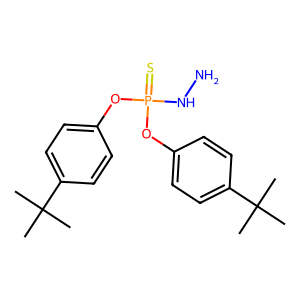
SMILES: CC(C)(C)c1ccc(OP(=S)(NN)Oc2ccc(C(C)(C)C)cc2)cc1
Inhibits HIV replication: No